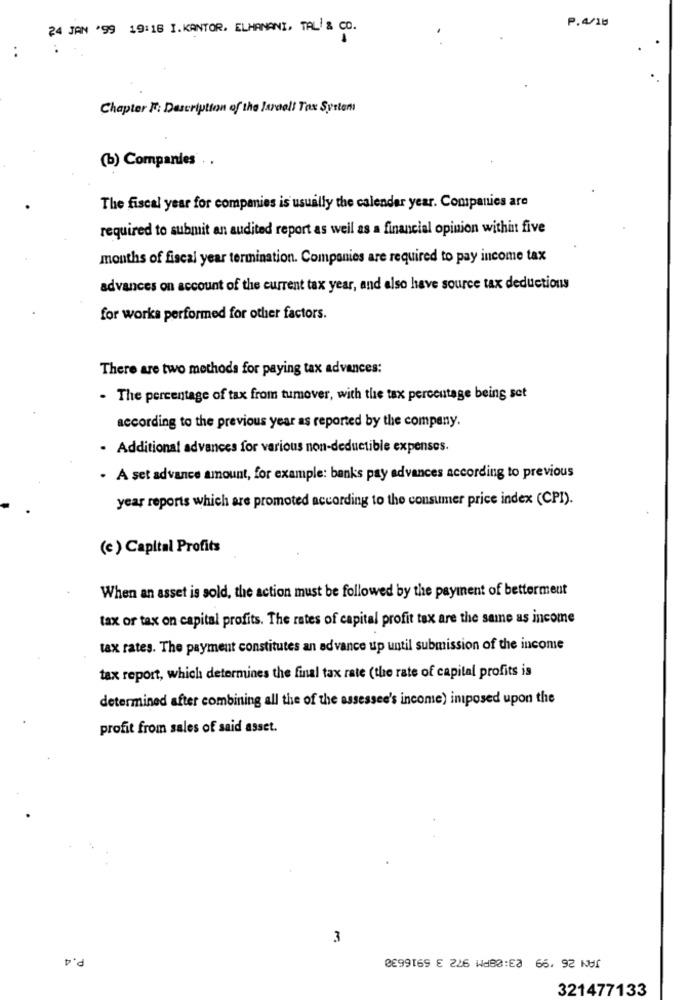
P.4/16
24 JAN '99 19:16 I.KANTOR. ELHANANI, TAL & CO.
..
Chapter #: Description of the Israeli Tax System
(b) Companies . .
The fiscal year for companies is usually the calendar year. Companies are
required to submit an audited report as well as a financial opinion within five
months of fiscal year termination. Companies are required to pay income tax
advances on account of the current tax year, and also have source tax deductions
for works performed for other factors.
There are two methods for paying tax advances:
- The percentage of tax from tumover, with the tax percentage being set
according to the previous year as reported by the company.
Additional advances for various non-deductible expenses.
. A set advance amount, for example: banks pay advances according to previous
year reports which are promoted according to the consumer price index (CPI).
(c ) Capital Profits
When an asset is sold, the action must be followed by the payment of betterment
tax or tax on capital profits. The rates of capital profit tax are the same as income
tax rates. The payment constitutes an advance up until submission of the income
tax report, which determines the final tax rate (the rate of capital profits is
determined after combining all the of the assessee's income) iniposed upon the
profit from sales of said asset.
3
P.4
321477133